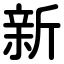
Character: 新